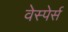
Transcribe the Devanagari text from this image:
वेस्पेर्स